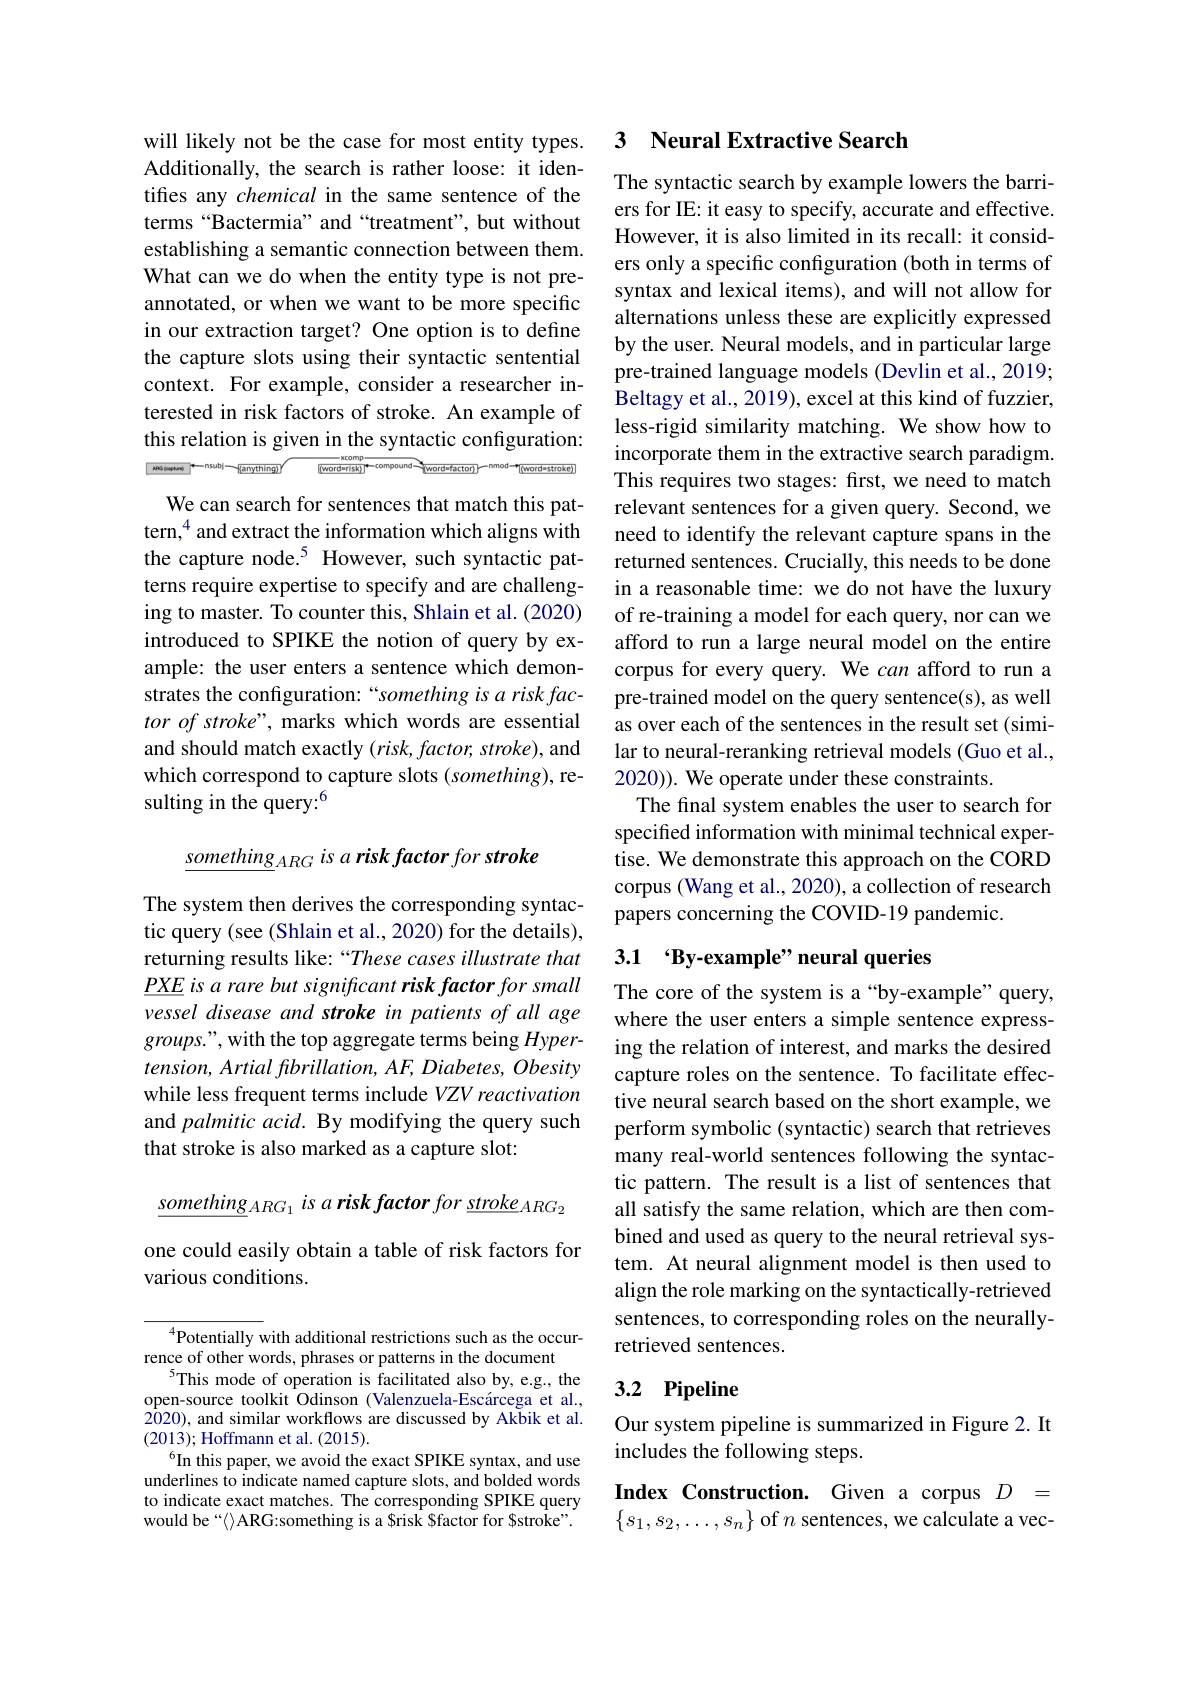
will likely not be the case for most entity types. Additionally, the search is rather loose: it identifies any chemical in the same sentence of the terms “Bactermia” and“treatment”, but without establishing a semantic connection between them. What can we do when the entity type is not preannotated, or when we want to be more specific in our extraction target? One option is to define the capture slots using their syntactic sentential context. For example, consider a researcher interested in risk factors of stroke. An example of this relation is given in the syntactic configuration:
$\underbrace{\text{xcormp}}_{[\text{word-risk})}^{*-\text{compound}}$(word-factor)
Tword=5troke)

We can search for sentences that match this pattern,$^{4}$ and extract the information which aligns with the capture node.$^{5}$ However, such syntactic patterns require expertise to specify and are challenging to master. To counter this, Shlain et al. (2020) introduced to SPIKE the notion of query by example: the user enters a sentence which demonstrates the configuration:“something is a risk fac- $tor\textit{ of stroke" , marks which words are essential}$ and should match exactly $(risk,factor,stroke)$, and which correspond to capture slots (something), resulting in the query:$^{6}$

$\underline{something}_{ARG}$ is a risk factor for stroke

The system then derives the corresponding syntactic query (see (Shlain et al., 2020) for the details), returning results like: “These cases illustrate that $\underline{PXE}$ is a rare but significant risk factor for small vessel disease and stroke in patients of all age groups.", with the top aggregate terms being Hypertension, Artial fibrillation, AF, Diabetes, Obesity while less frequent terms include $VZV\textit{reactivation}$ and palmitic acid. By modifying the query such that stroke is also marked as a capture slot:

$\underline{something}_{ARG_1}$ is $a\textit{risk factor for }\underline {stroke}_{ARG_2}$

one could easily obtain a table of risk factors for
various conditions.

$^{4}$Potentially with additional restrictions such as the occur-
rence of other words, phrases or patterns in the document
$^{5}$This mode of operation is facilitated also by, e.g., the open-source toolkit Odinson (Valenzuela-Escárcega et al., $\dot{20}$20), and similar workflows are discussed by Akbik et al. (2013);Hoffmann et al.(2015).
$^{6}$In this paper, we avoid the exact SPIKE syntax, and use underlines to indicate named capture slots, and bolded words to indicate exact matches. The corresponding SPIKE query would be“〈》ARG:something is a $risk $factor for $stroke”.

## 3 Neural Extractive Search

The syntactic search by example lowers the barriers for IE: it easy to specify, accurate and effective. However, it is also limited in its recall: it considers only a specific configuration (both in terms of syntax and lexical items), and will not allow for alternations unless these are explicitly expressed by the user. Neural models, and in particular large pre-trained language models (Devlin et al., 2019; Beltagy et al., 2019), excel at this kind of fuzzier less-rigid similarity matching. We show how to incorporate them in the extractive search paradigm. This requires two stages: first, we need to match relevant sentences for a given query. Second, we need to identify the relevant capture spans in the returned sentences. Crucially, this needs to be done in a reasonable time: we do not have the luxury of re-training a model for each query, nor can we afford to run a large neural model on the entire corpus for every query. We can afford to run a pre-trained model on the query sentence(s), as well as over each of the sentences in the result set (similar to neural-reranking retrieval models (Guo et al., 2020)). We operate under these constraints.
The final system enables the user to search for specified information with minimal technical expertise. We demonstrate this approach on the CORD corpus (Wang et al., 2020), a collection of research papers concerning the COVID-19 pandemic.

# 3.1 'By-example" neural queries

The core of the system is a“by-example”query, where the user enters a simple sentence expressing the relation of interest, and marks the desired capture roles on the sentence. To facilitate effective neural search based on the short example, we perform symbolic (syntactic) search that retrieves many real-world sentences following the syntactic pattern. The result is a list of sentences that all satisfy the same relation, which are then combined and used as query to the neural retrieval system. At neural alignment model is then used to align the role marking on the syntactically-retrieved sentences, to corresponding roles on the neurallyretrieved sentences.

# 3.2 Pipeline

Our system pipeline is summarized in Figure 2. It
includes the following steps.

Index Construction. Given a corpus $D=$ $\begin{Bmatrix}s_1,s_2,\ldots,s_n\end{Bmatrix}$ of $n$ sentences, we calculate a vec-